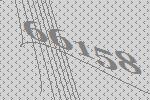
66158